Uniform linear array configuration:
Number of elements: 8
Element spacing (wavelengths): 0.5
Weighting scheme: binomial
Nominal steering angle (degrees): -45
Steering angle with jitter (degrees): -43.286
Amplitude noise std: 0.05
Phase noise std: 0.05

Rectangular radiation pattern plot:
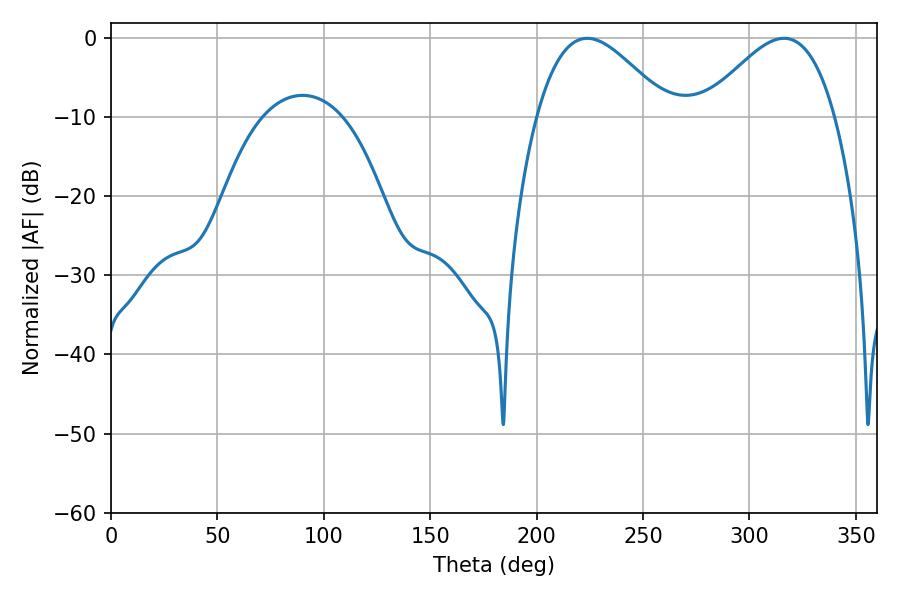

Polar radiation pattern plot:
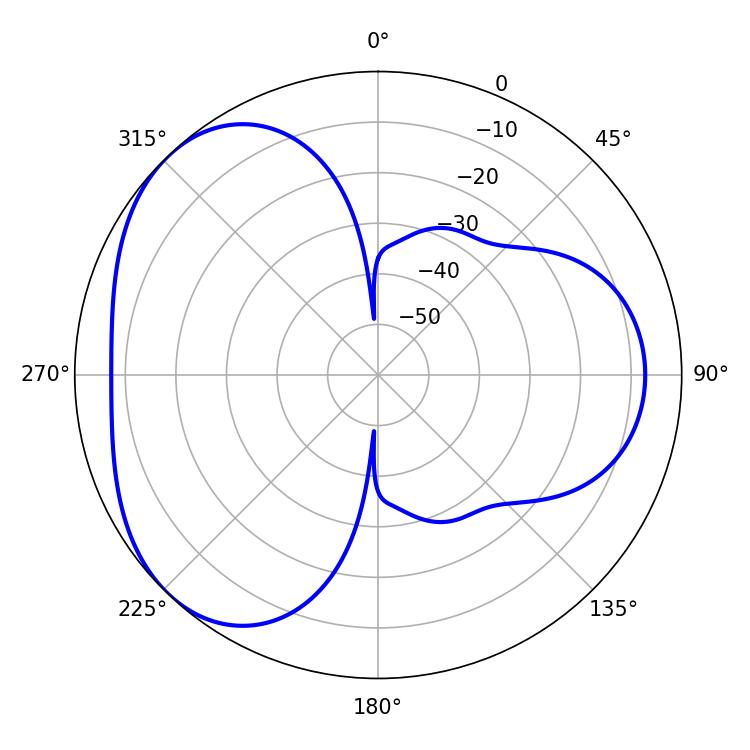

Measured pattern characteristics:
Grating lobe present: FALSE
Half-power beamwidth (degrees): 33.3
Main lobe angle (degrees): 223.74